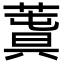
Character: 𦸬